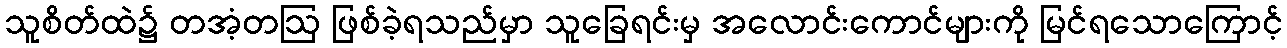
သူစိတ်ထဲ၌ တအံ့တဩ ဖြစ်ခဲ့ရသည်မှာ သူခြေရင်းမှ အလောင်းကောင်များကို မြင်ရသောကြောင့်